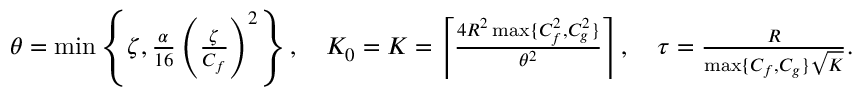
\begin{array} { r } { \theta = \operatorname* { m i n } \left\{ \zeta , \frac { \alpha } { 1 6 } \left( \frac { \zeta } { C _ { f } } \right) ^ { 2 } \right\} , \quad K _ { 0 } = K = \left\lceil \frac { 4 R ^ { 2 } \operatorname* { m a x } \{ C _ { f } ^ { 2 } , C _ { g } ^ { 2 } \} } { \theta ^ { 2 } } \right\rceil , \quad \tau = \frac { R } { \operatorname* { m a x } \{ C _ { f } , C _ { g } \} \sqrt { K } } . } \end{array}